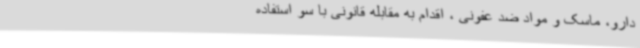
دارو، ماسک و مواد ضد عفونی ، اقدام به مقابله قانونی با سو استفاده